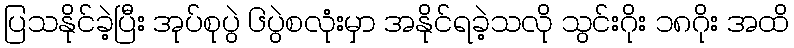
ပြသနိုင်ခဲ့ပြီး အုပ်စုပွဲ ၆ပွဲစလုံးမှာ အနိုင်ရခဲ့သလို သွင်းဂိုး ၁၈ဂိုး အထိ